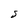
Character: s